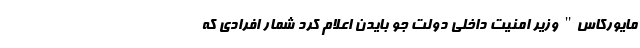
مایورکاس" وزیر امنیت داخلی دولت جو بایدن اعلام کرد شمار افرادی که